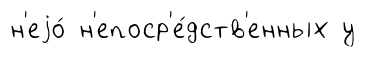
н'еjо́ н'епоср'е́дств'енных у